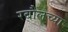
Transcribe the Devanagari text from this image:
रबौलच्या